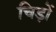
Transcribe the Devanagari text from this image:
चिड़ों